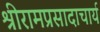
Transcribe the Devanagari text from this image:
श्रीरामप्रसादाचार्य